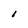
Character: 1